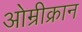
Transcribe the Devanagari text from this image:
ओम्रीक्रान